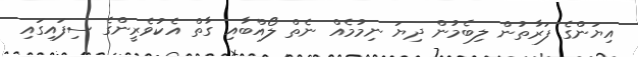
އިޔަންގެ ފަރާތުން ލިބެމުން ދިޔަ ނިމުމެއް ނެތް ލޯއްބާއި ގާތް އެކުވެރީންގެ ސިފައިގައި